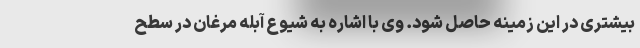
بیشتری در این زمینه حاصل شود. وی با اشاره به شیوع آبله مرغان در سطح